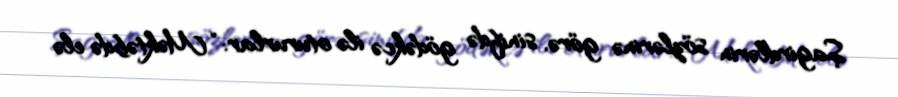
Şagirdlərin sözlərinə görə, sinifdə gödəkcə ilə otururlar: “Məktəbdə elə